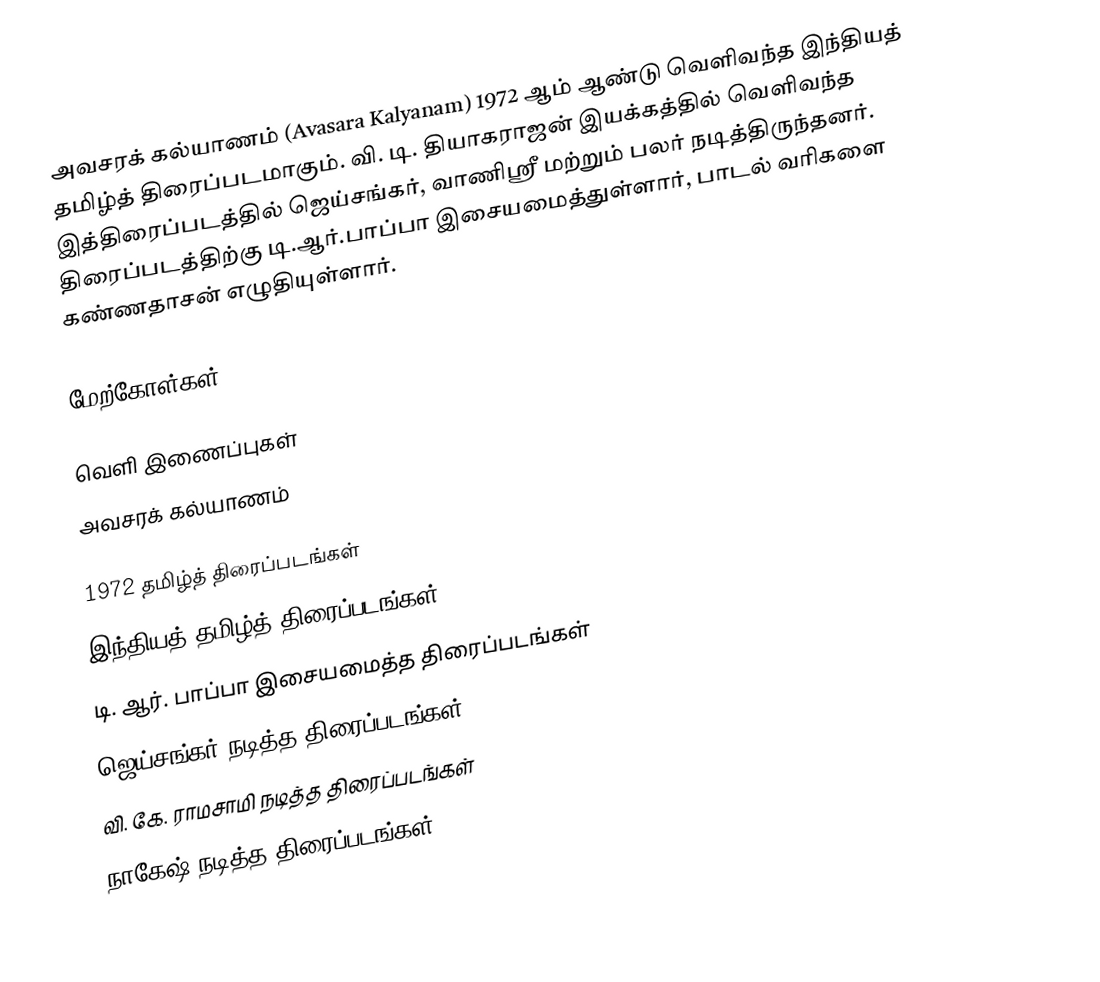
அவசரக் கல்யாணம் (Avasara Kalyanam) 1972 ஆம் ஆண்டு வெளிவந்த இந்தியத் தமிழ்த் திரைப்படமாகும். வி. டி. தியாகராஜன் இயக்கத்தில் வெளிவந்த இத்திரைப்படத்தில் ஜெய்சங்கர், வாணிஸ்ரீ மற்றும் பலர் நடித்திருந்தனர். திரைப்படத்திற்கு டி.ஆர்.பாப்பா இசையமைத்துள்ளார், பாடல் வரிகளை கண்ணதாசன் எழுதியுள்ளார்.

மேற்கோள்கள்

வெளி இணைப்புகள்
 அவசரக் கல்யாணம்

1972 தமிழ்த் திரைப்படங்கள்
இந்தியத் தமிழ்த் திரைப்படங்கள்
டி. ஆர். பாப்பா இசையமைத்த திரைப்படங்கள்
ஜெய்சங்கர் நடித்த திரைப்படங்கள்
வி. கே. ராமசாமி நடித்த திரைப்படங்கள்
நாகேஷ் நடித்த திரைப்படங்கள்